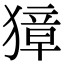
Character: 獐